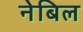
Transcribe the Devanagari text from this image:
नेबिल